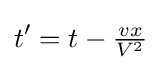
t'=t-{\tfrac {vx}{V^{2}}}